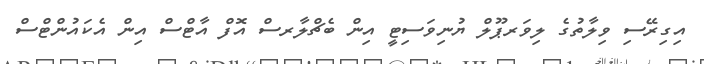
އިގިރޭސި ވިލާތުގެ ލިވަރޕޫލް ޔުނިވަސިޓީ އިން ބެޗްލާރސް އޮފް އާޓްސް އިން އެކައުންޓްސް